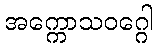
အက္ကောသဝဂ္ဂေါ